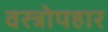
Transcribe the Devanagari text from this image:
वस्त्रोपहार